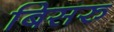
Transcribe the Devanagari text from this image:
बिसरु